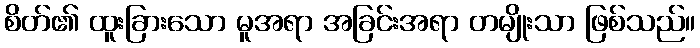
စိတ်၏ ထူးခြားသော မူအရာ အခြင်းအရာ တမျိုးသာ ဖြစ်သည်။